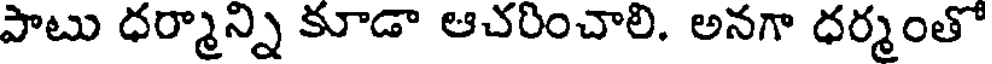
పాటు ధర్మాన్ని కూడా ఆచరించాలి. అనగా ధర్మంతో